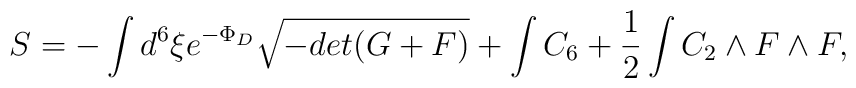
S=-\int d^{6}\xi e^{-\Phi_{D}}\sqrt{-det(G+F)} + \int C_{6} +{1\over2} \int C_{2}\wedge F\wedge F ,